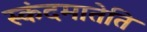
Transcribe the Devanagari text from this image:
स्कंदमातेति